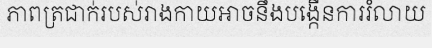
ភាពត្រជាក់របស់រាងកាយអាចនឹងបង្កើនការរំលាយ